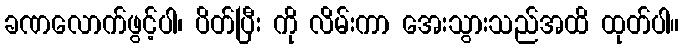
ခဏလောက်ဖွင့်ပါ၊ ပိတ်ပြီး ကို လိမ်းကာ အေးသွားသည်အထိ ထုတ်ပါ။